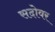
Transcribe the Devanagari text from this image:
सदोवर